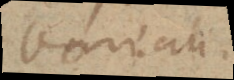
boreali.